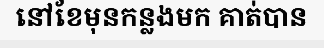
នៅខែមុនកន្លងមក គាត់បាន